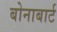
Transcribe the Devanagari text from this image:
बोनाबार्ट